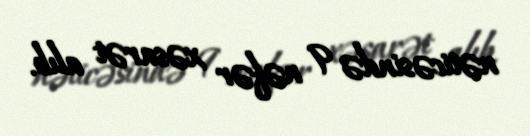
nəticəsində 9 nəfər xəsarət alıb.